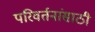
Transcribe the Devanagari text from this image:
परिवर्तनांसाठी